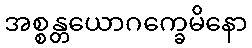
အစ္စန္တယောဂက္ခေမိနော